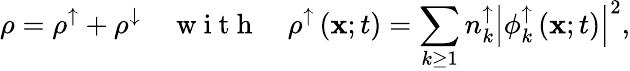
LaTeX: \rho=\rho^{\uparrow}+\rho^{\downarrow}\quad\mathrm{~w~i~t~h~}\quad\rho^{\uparrow}\left({\mathbf x};t\right)=\sum_{k\geq 1}{n_{k}^{\uparrow}\left|\phi_{k}^{\uparrow}\left({\mathbf x};t\right)\right|^{2}},